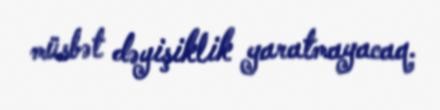
müsbət dəyişiklik yaratmayacaq.